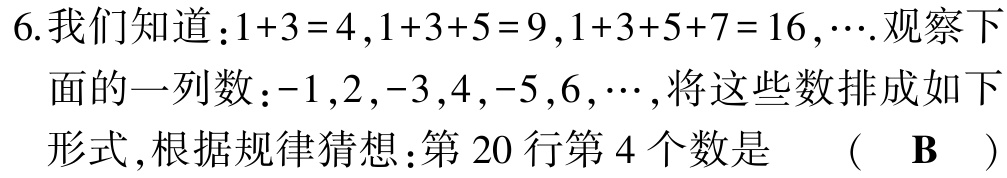
6.我们知道：\(1 + 3 = 4\)，\(1 + 3 + 5 = 9\)，\(1 + 3 + 5 + 7 = 16\)，\(\cdots\).观察下面的一列数：\(-1\)，\(2\)，\(-3\)，\(4\)，\(-5\)，\(6\)，\(\cdots\)，将这些数排成如下形式，根据规律猜想：第\(20\)行第\(4\)个数是 （ \(\mathbf{B}\) ）